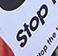
stop